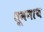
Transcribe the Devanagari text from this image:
धूमनाथ